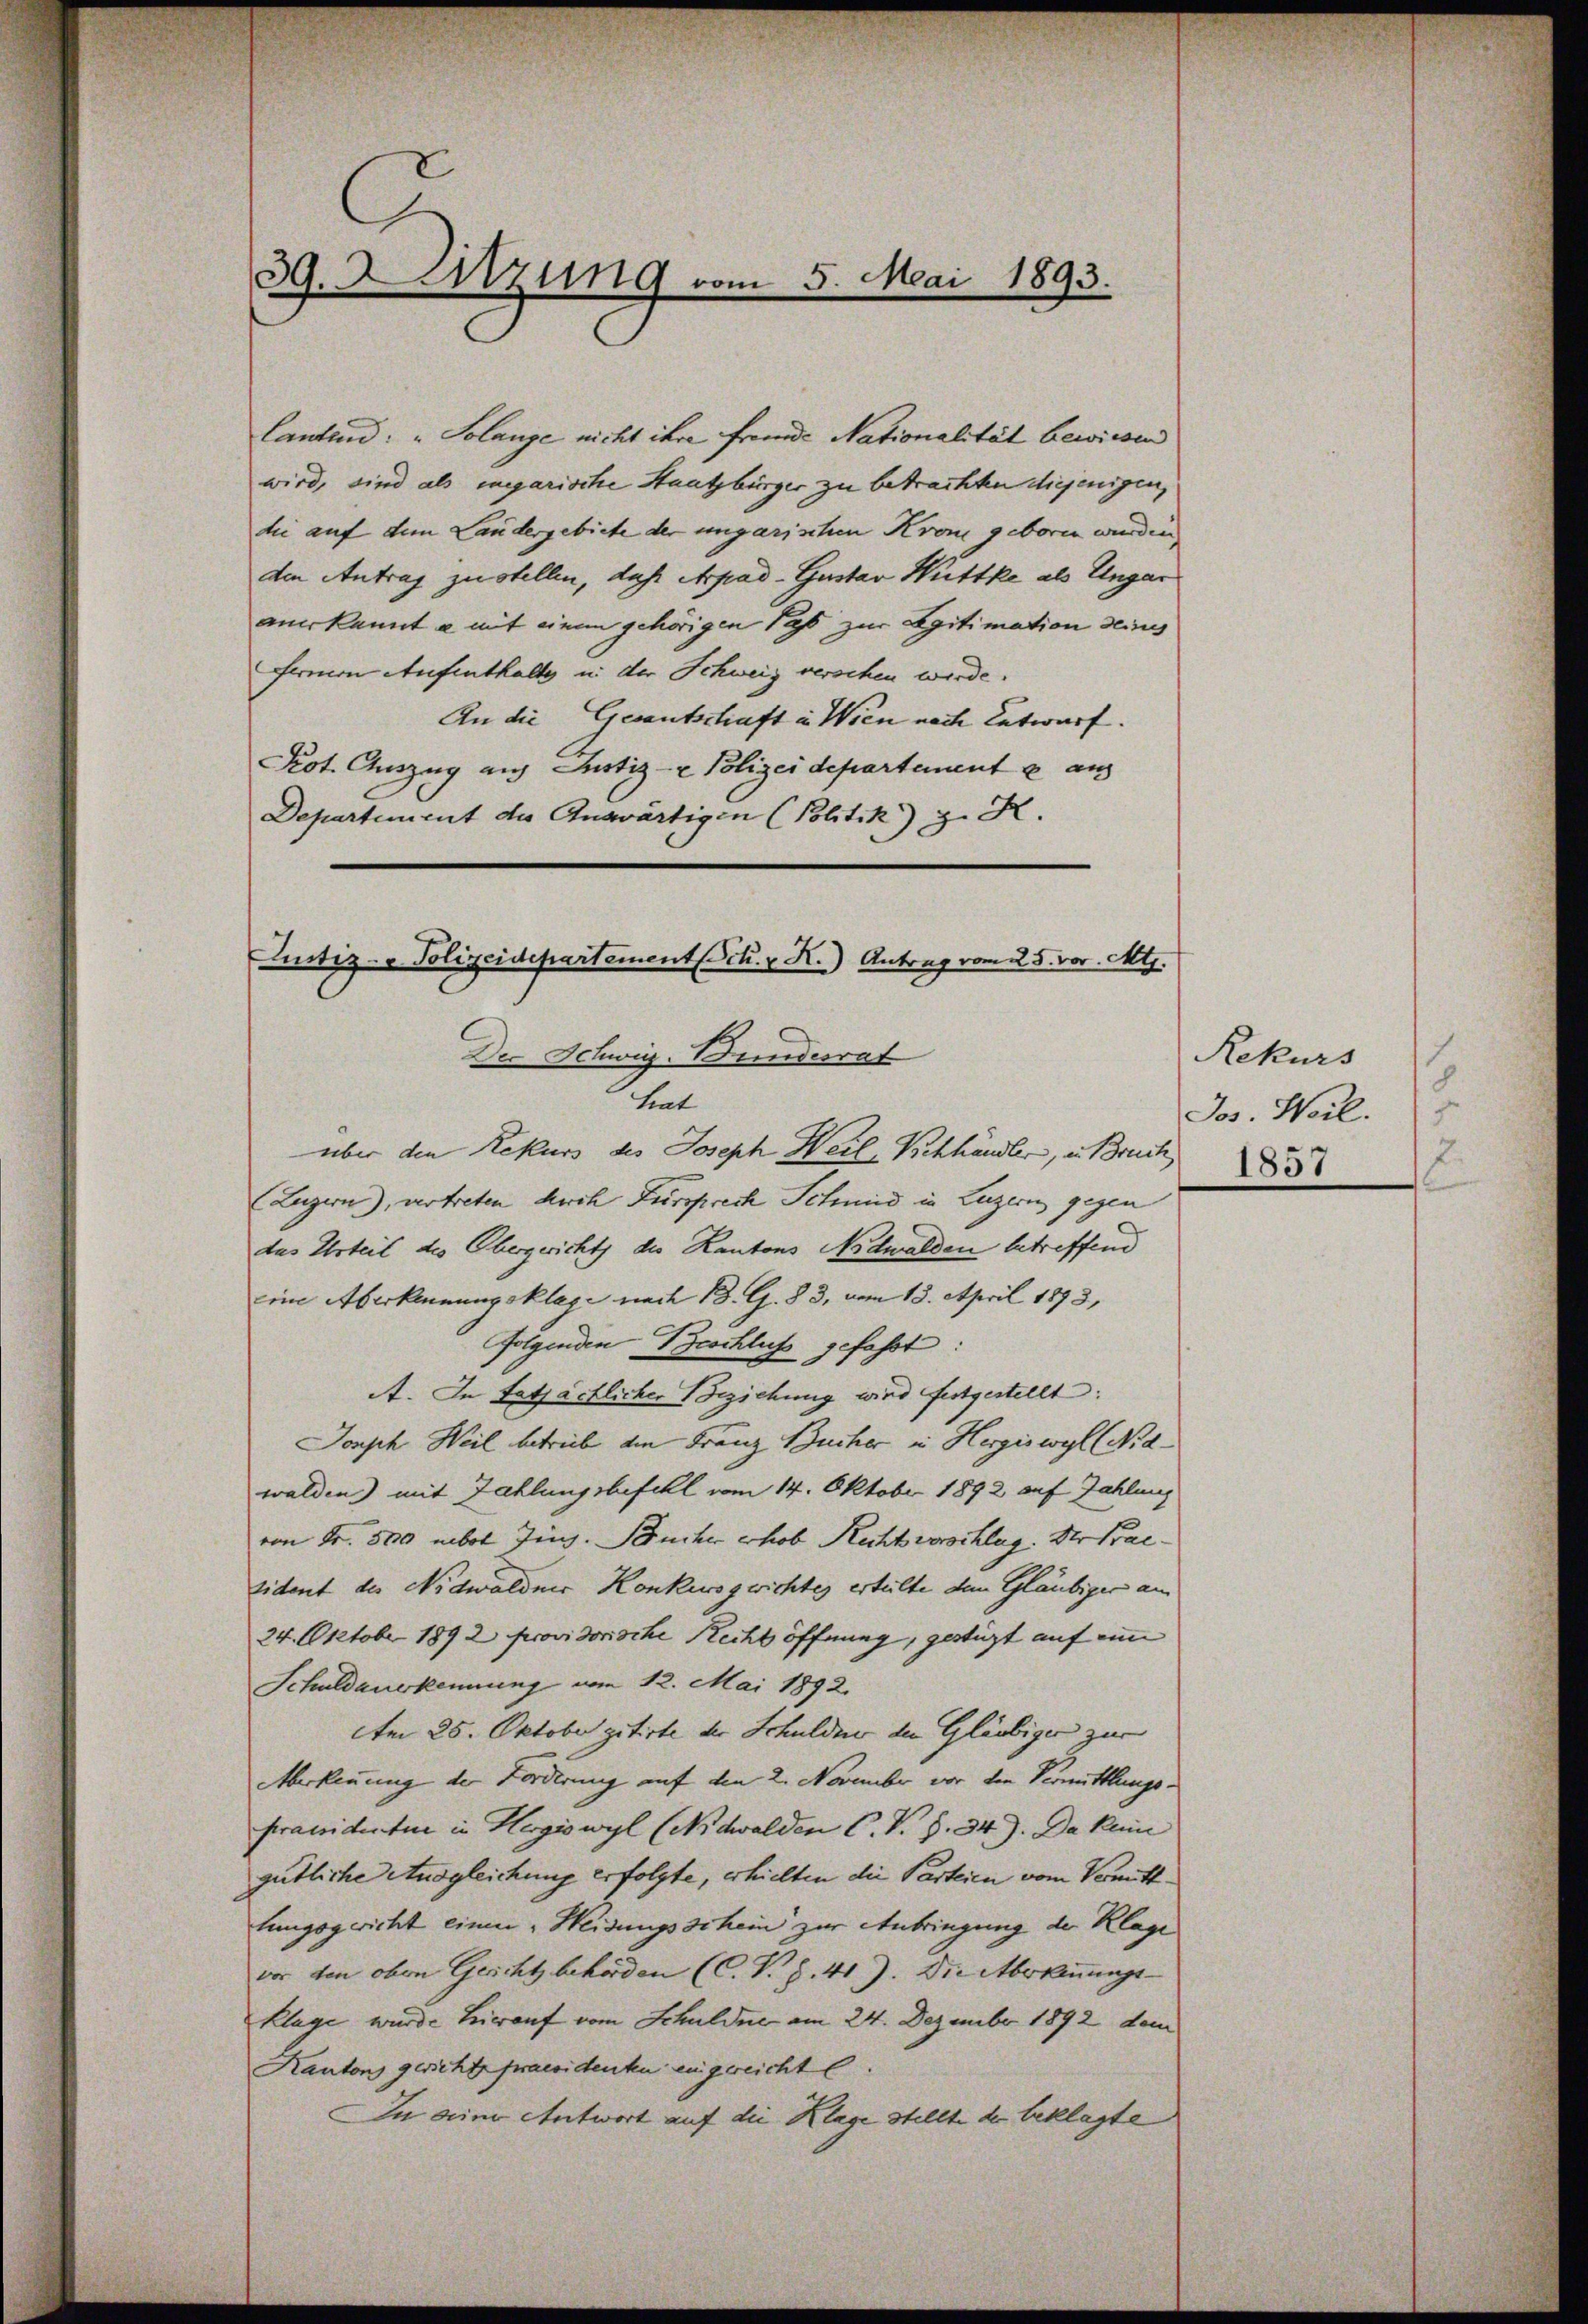
lantend: „Solange nicht ihre fremde Nationalität bewiesen
wird, sind als megarische Staatsbürger zu betrachten diejenigen,
die auf dem Landergebiete der ungarischen Krone geborn wurden
den Antrag zu stellen, daß Arpad-Gustav Wüttke als Ungar
anerkannt u mit einem gehörigen Pass zur Legitimation deing
Ferien Aufenthalte in der Schweiz verschen werde.
An die Gesantschaft in Wien nach Entwurf.
Kot. Auszug auf Justiz- & Polizei departement & aus
Departement des Auswärtigen (Politik) z. R.

39. Sitzung vom 5. Mai 1893.

Justiz- & Polizeidepartementsch. v K.) Antrag vom 25. vor. Mts.
Der Schwig-Bundesrat
that
über den Rekurs des Joseph Heil-Viehhändler, in Bruch

Luzern), vertreten durch Fürsprech Schmid in Luzern gegen
das Urteil des Obergericht des Kantons Nidwalden betreffend
eine Aberkennungsklage nach B. G. § 3, vom 13. April 1893,
folgenden Beschluss gefasst:
A. In tatsächlicher Beziehung wird festgestellt:
Joseph Weil betreib im Franz Bucher in Hergiswyl (Nidwalden) mit Zahlungsbefehl vom 14. Oktobr. 1892 auf Zahlung
von Fr. 5000 nebot Jing. Bucher erhob Recht vorschlug. Der Praesident des Nidwaldnis Konkursgwichtes erteilte den Gläubiger an
24. Oktobr. 1892 provisorische Recht öffnung, gestigt auf eine
Schuldauerkennung vom 12. Mai 1892.
Am 25. Oktober gitirte der Schuldner den Gläubiger zur
Aberkennung der Forderung auf den 2. November vor den Vermittlungs-
praesidente in Hergiswyl (Nidwalden C.V. S. 34). Da kam
gütliche Ausgleichung erfolgte, erhielten die Parteien vom Vormittlungsgericht eine Heidungsschein zur Anbringung der Klage
vor den oben Gericht behörden (C. R. Z. 41). Die Überkennungs-
Klage wurde hierauf vom Schuldne am 24. Dezember 1892 dem
Kantons gerichte praesidenten engereichte.
In deine Antwort auf die Klage stellte der Beklagte

Rekurs
8
f
Jos. Heil.
.
1857